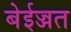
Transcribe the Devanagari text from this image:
बेईज्जत